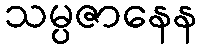
သမ္ပဇာနေန